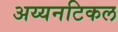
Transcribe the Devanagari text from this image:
अय्यनटिकल